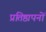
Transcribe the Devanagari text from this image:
प्रतिष्ठापनों